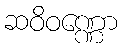
ဆဝိဝဏ္ဏော